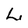
Character: L